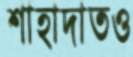
শাহাদাতও